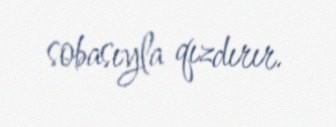
sobasıyla qızdırır.